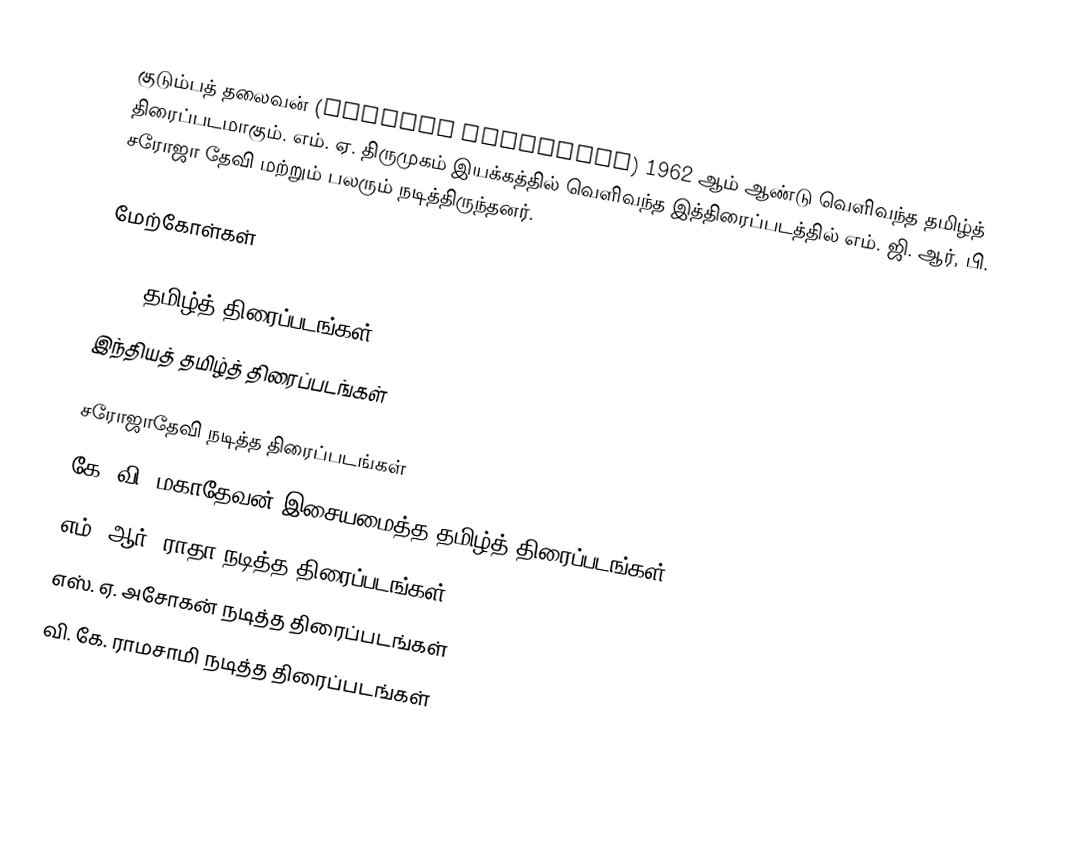
குடும்பத் தலைவன் (Kudumba Thalaivan) 1962 ஆம் ஆண்டு வெளிவந்த தமிழ்த் திரைப்படமாகும். எம். ஏ. திருமுகம் இயக்கத்தில் வெளிவந்த இத்திரைப்படத்தில் எம். ஜி. ஆர், பி. சரோஜா தேவி மற்றும் பலரும் நடித்திருந்தனர்.

மேற்கோள்கள்

1962 தமிழ்த் திரைப்படங்கள்
இந்தியத் தமிழ்த் திரைப்படங்கள்

சரோஜாதேவி நடித்த திரைப்படங்கள்
கே. வி. மகாதேவன் இசையமைத்த தமிழ்த் திரைப்படங்கள்
எம். ஆர். ராதா நடித்த திரைப்படங்கள்
எஸ். ஏ. அசோகன் நடித்த திரைப்படங்கள்
வி. கே. ராமசாமி நடித்த திரைப்படங்கள்